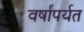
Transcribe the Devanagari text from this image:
वर्षांपर्यत